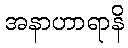
အနာဟာရာနိ